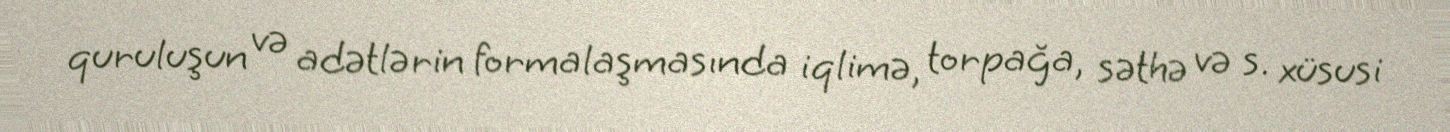
quruluşun və adətlərin formalaşmasında iqlimə, torpağa, səthə və s. xüsusi